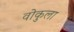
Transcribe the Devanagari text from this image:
वोकुला